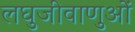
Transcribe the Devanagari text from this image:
लघुजीवाणुओं